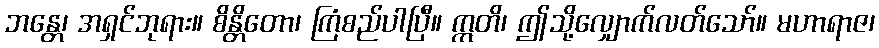
ဘန္တေ၊ အရှင်ဘုရား။ စိန္တိတော၊ ကြံစည်ပါပြီ။ ဣတိ၊ ဤသို့လျှောက်လတ်သော်။ မဟာရာဇ၊